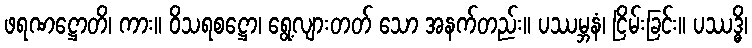
ဖရဏဋ္ဌောတိ၊ ကား။ ဝိသရစဋ္ဌော၊ ရွေ့လျားတတ် သော အနက်တည်း။ ပဿမ္ဘနံ၊ ငြိမ်းခြင်း။ ပဿဒ္ဓိ၊